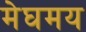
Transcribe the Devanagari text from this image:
मेघमय